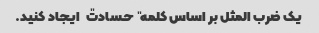
یک ضرب المثل بر اساس کلمه "حسادت" ایجاد کنید.